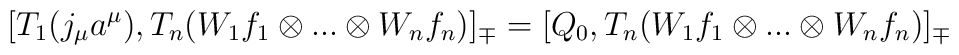
[T_1(j_\mu a^\mu),T_n(W_1f_1\otimes...\otimes W_nf_n)]_\mp=[Q_0,T_n(W_1f_1\otimes...\otimes W_nf_n)]_\mp